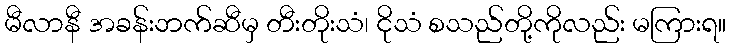
မီလာနီ အခန်းဘက်ဆီမှ တီးတိုးသံ၊ ငိုသံ စသည်တို့ကိုလည်း မကြားရ။